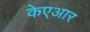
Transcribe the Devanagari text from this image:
केएआर